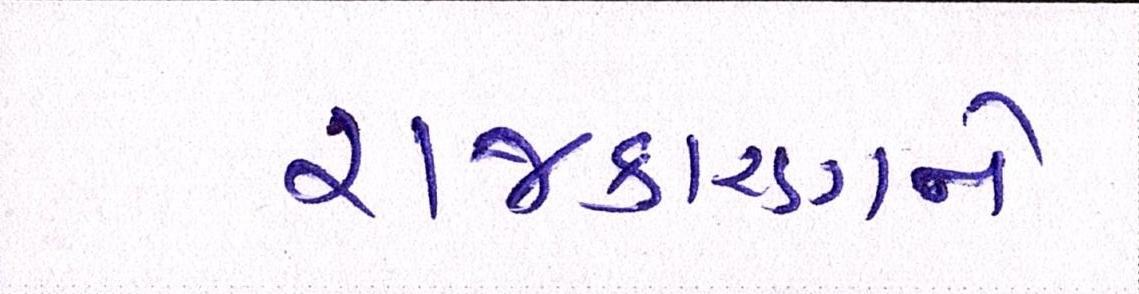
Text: રાજકારણને